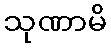
သုဏာမိ